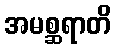
အမစ္ဆရာတိ